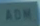
ADM